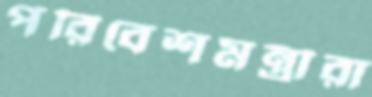
পরিবেশমন্ত্রীরা